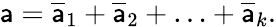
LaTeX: \mathsf{a}={\overline{{{\mathsf{a}}}}_{1}}+{\overline{{{\mathsf{a}}}}_{2}}+\ldots+{\overline{{{\mathsf{a}}}}_{k}}.